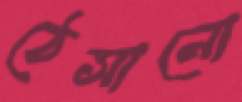
ঠেসানো